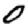
Digit: 0